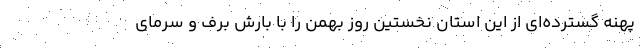
پهنه گسترده‌ای از این استان نخستین روز بهمن را با بارش برف و سرمای